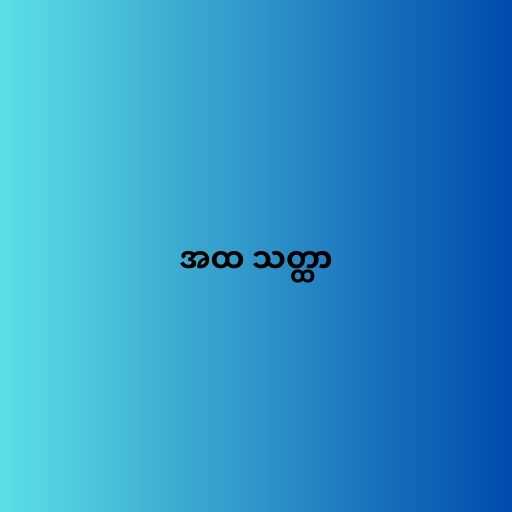
အထ သတ္ထာ